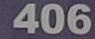
406